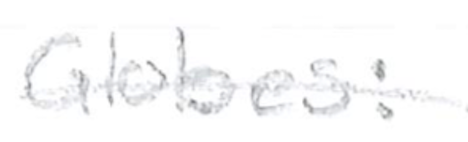
Text: Globes:
Cross-out: single-line
Writing tool: pencil